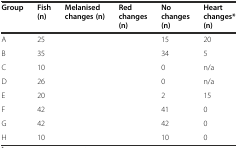
<table><thead><tr><td><b>Group</b></td><td><b>Fish (n)</b></td><td><b>Melanised changes (n)</b></td><td><b>Red changes (n)</b></td><td><b>No changes (n)</b></td><td><b>Heart changes* (n)</b></td></tr></thead><tbody><tr><td>A</td><td>25</td><td>[EMPTY_CELL]</td><td>[EMPTY_CELL]</td><td>15</td><td>20</td></tr><tr><td>B</td><td>35</td><td>[EMPTY_CELL]</td><td>[EMPTY_CELL]</td><td>34</td><td>5</td></tr><tr><td>C</td><td>10</td><td>[EMPTY_CELL]</td><td>[EMPTY_CELL]</td><td>0</td><td>n/a</td></tr><tr><td>D</td><td>26</td><td>[EMPTY_CELL]</td><td>[EMPTY_CELL]</td><td>0</td><td>n/a</td></tr><tr><td>E</td><td>20</td><td>[EMPTY_CELL]</td><td>[EMPTY_CELL]</td><td>2</td><td>15</td></tr><tr><td>F</td><td>42</td><td>[EMPTY_CELL]</td><td>[EMPTY_CELL]</td><td>41</td><td>0</td></tr><tr><td>G</td><td>42</td><td>[EMPTY_CELL]</td><td>[EMPTY_CELL]</td><td>42</td><td>0</td></tr><tr><td>H</td><td>10</td><td>[EMPTY_CELL]</td><td>[EMPTY_CELL]</td><td>10</td><td>0</td></tr></tbody></table>